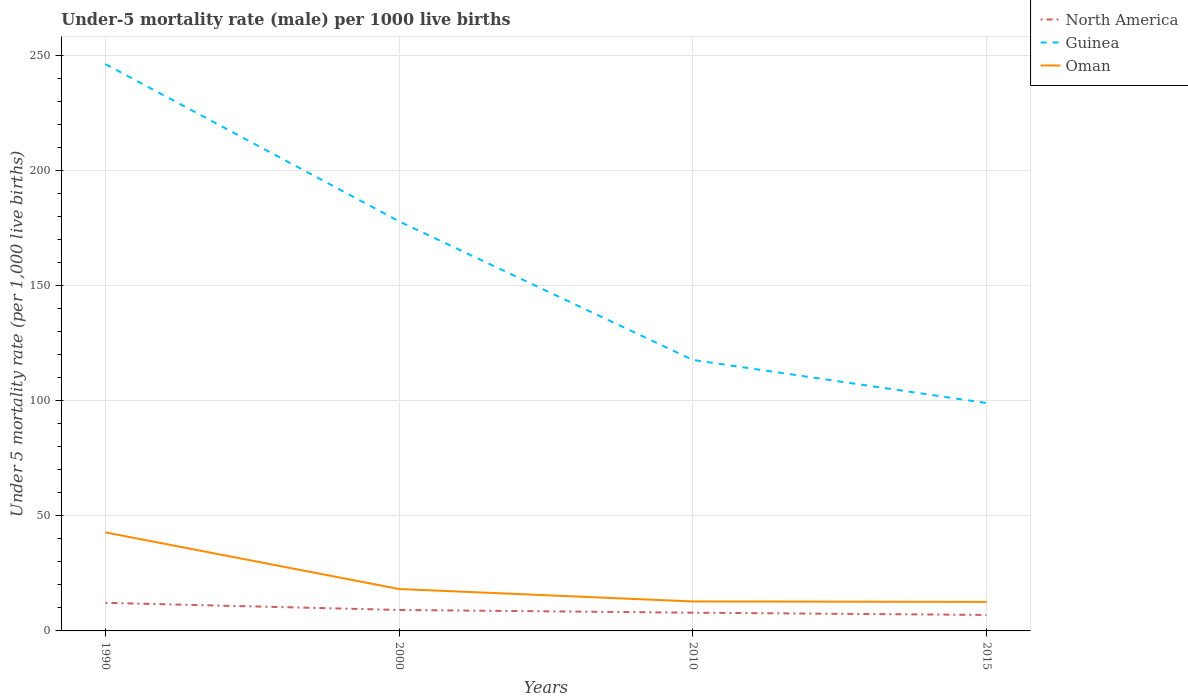
| Years | North America | Guinea | Oman |
 | --- | --- | --- | --- |
 | 1990 | 12.2 | 246 | 42.8 |
 | 2000 | 9.11 | 178 | 18.2 |
 | 2010 | 7.92 | 118 | 12.8 |
 | 2015 | 6.94 | 99 | 12.6 |